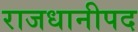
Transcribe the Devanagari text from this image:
राजधानीपद